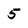
Character: 5